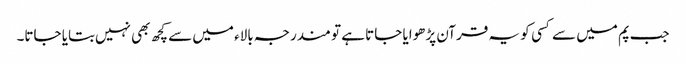
جب پم میں سے کسی ‌ کو یہ قرآن پڑھوایا جاتا ہے تو مندرجہ بالاء میں سے کچھ بھی نہیں‌بتایا جاتا۔